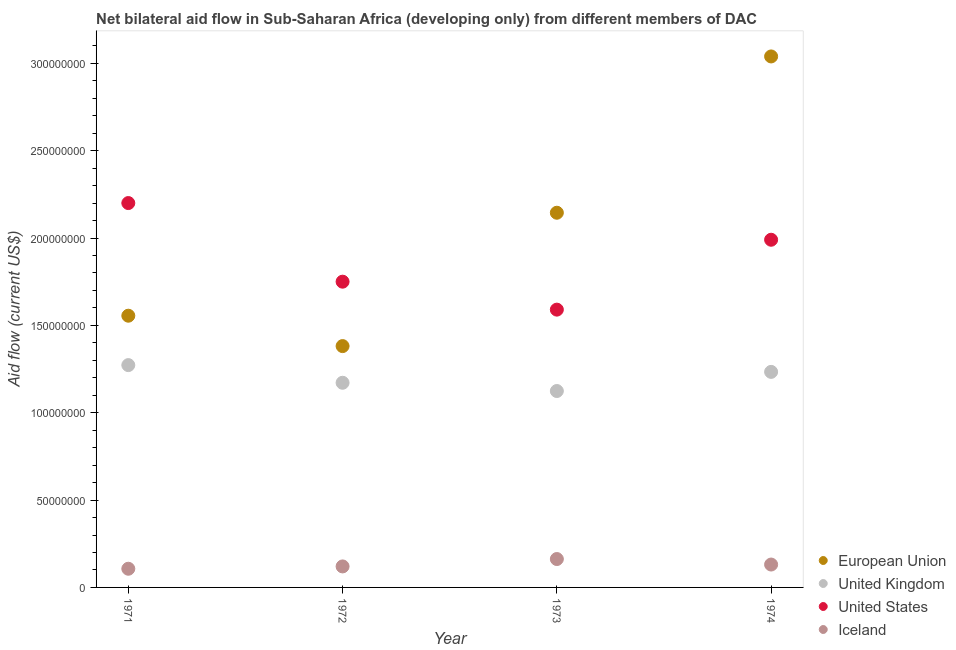
| Year | European Union | United Kingdom | United States | Iceland |
 | --- | --- | --- | --- | --- |
 | 1971 | 1.56e+08 | 1.27e+08 | 2.2e+08 | 1.07e+07 |
 | 1972 | 1.38e+08 | 1.17e+08 | 1.75e+08 | 1.2e+07 |
 | 1973 | 2.14e+08 | 1.12e+08 | 1.59e+08 | 1.62e+07 |
 | 1974 | 3.04e+08 | 1.23e+08 | 1.99e+08 | 1.31e+07 |